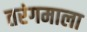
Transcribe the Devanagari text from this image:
तरंगमाला